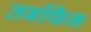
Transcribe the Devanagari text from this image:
तर्बोफैन